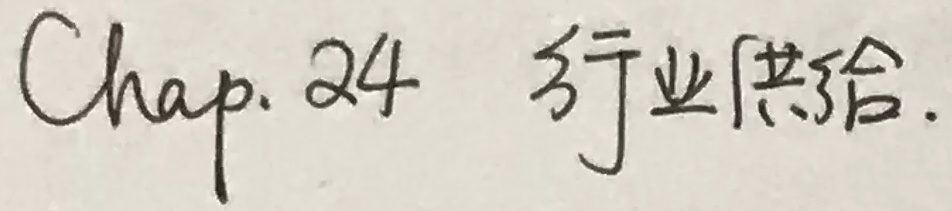
Chap. 24 行业供给.